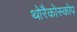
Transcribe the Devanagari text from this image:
थोरैकोस्कोप